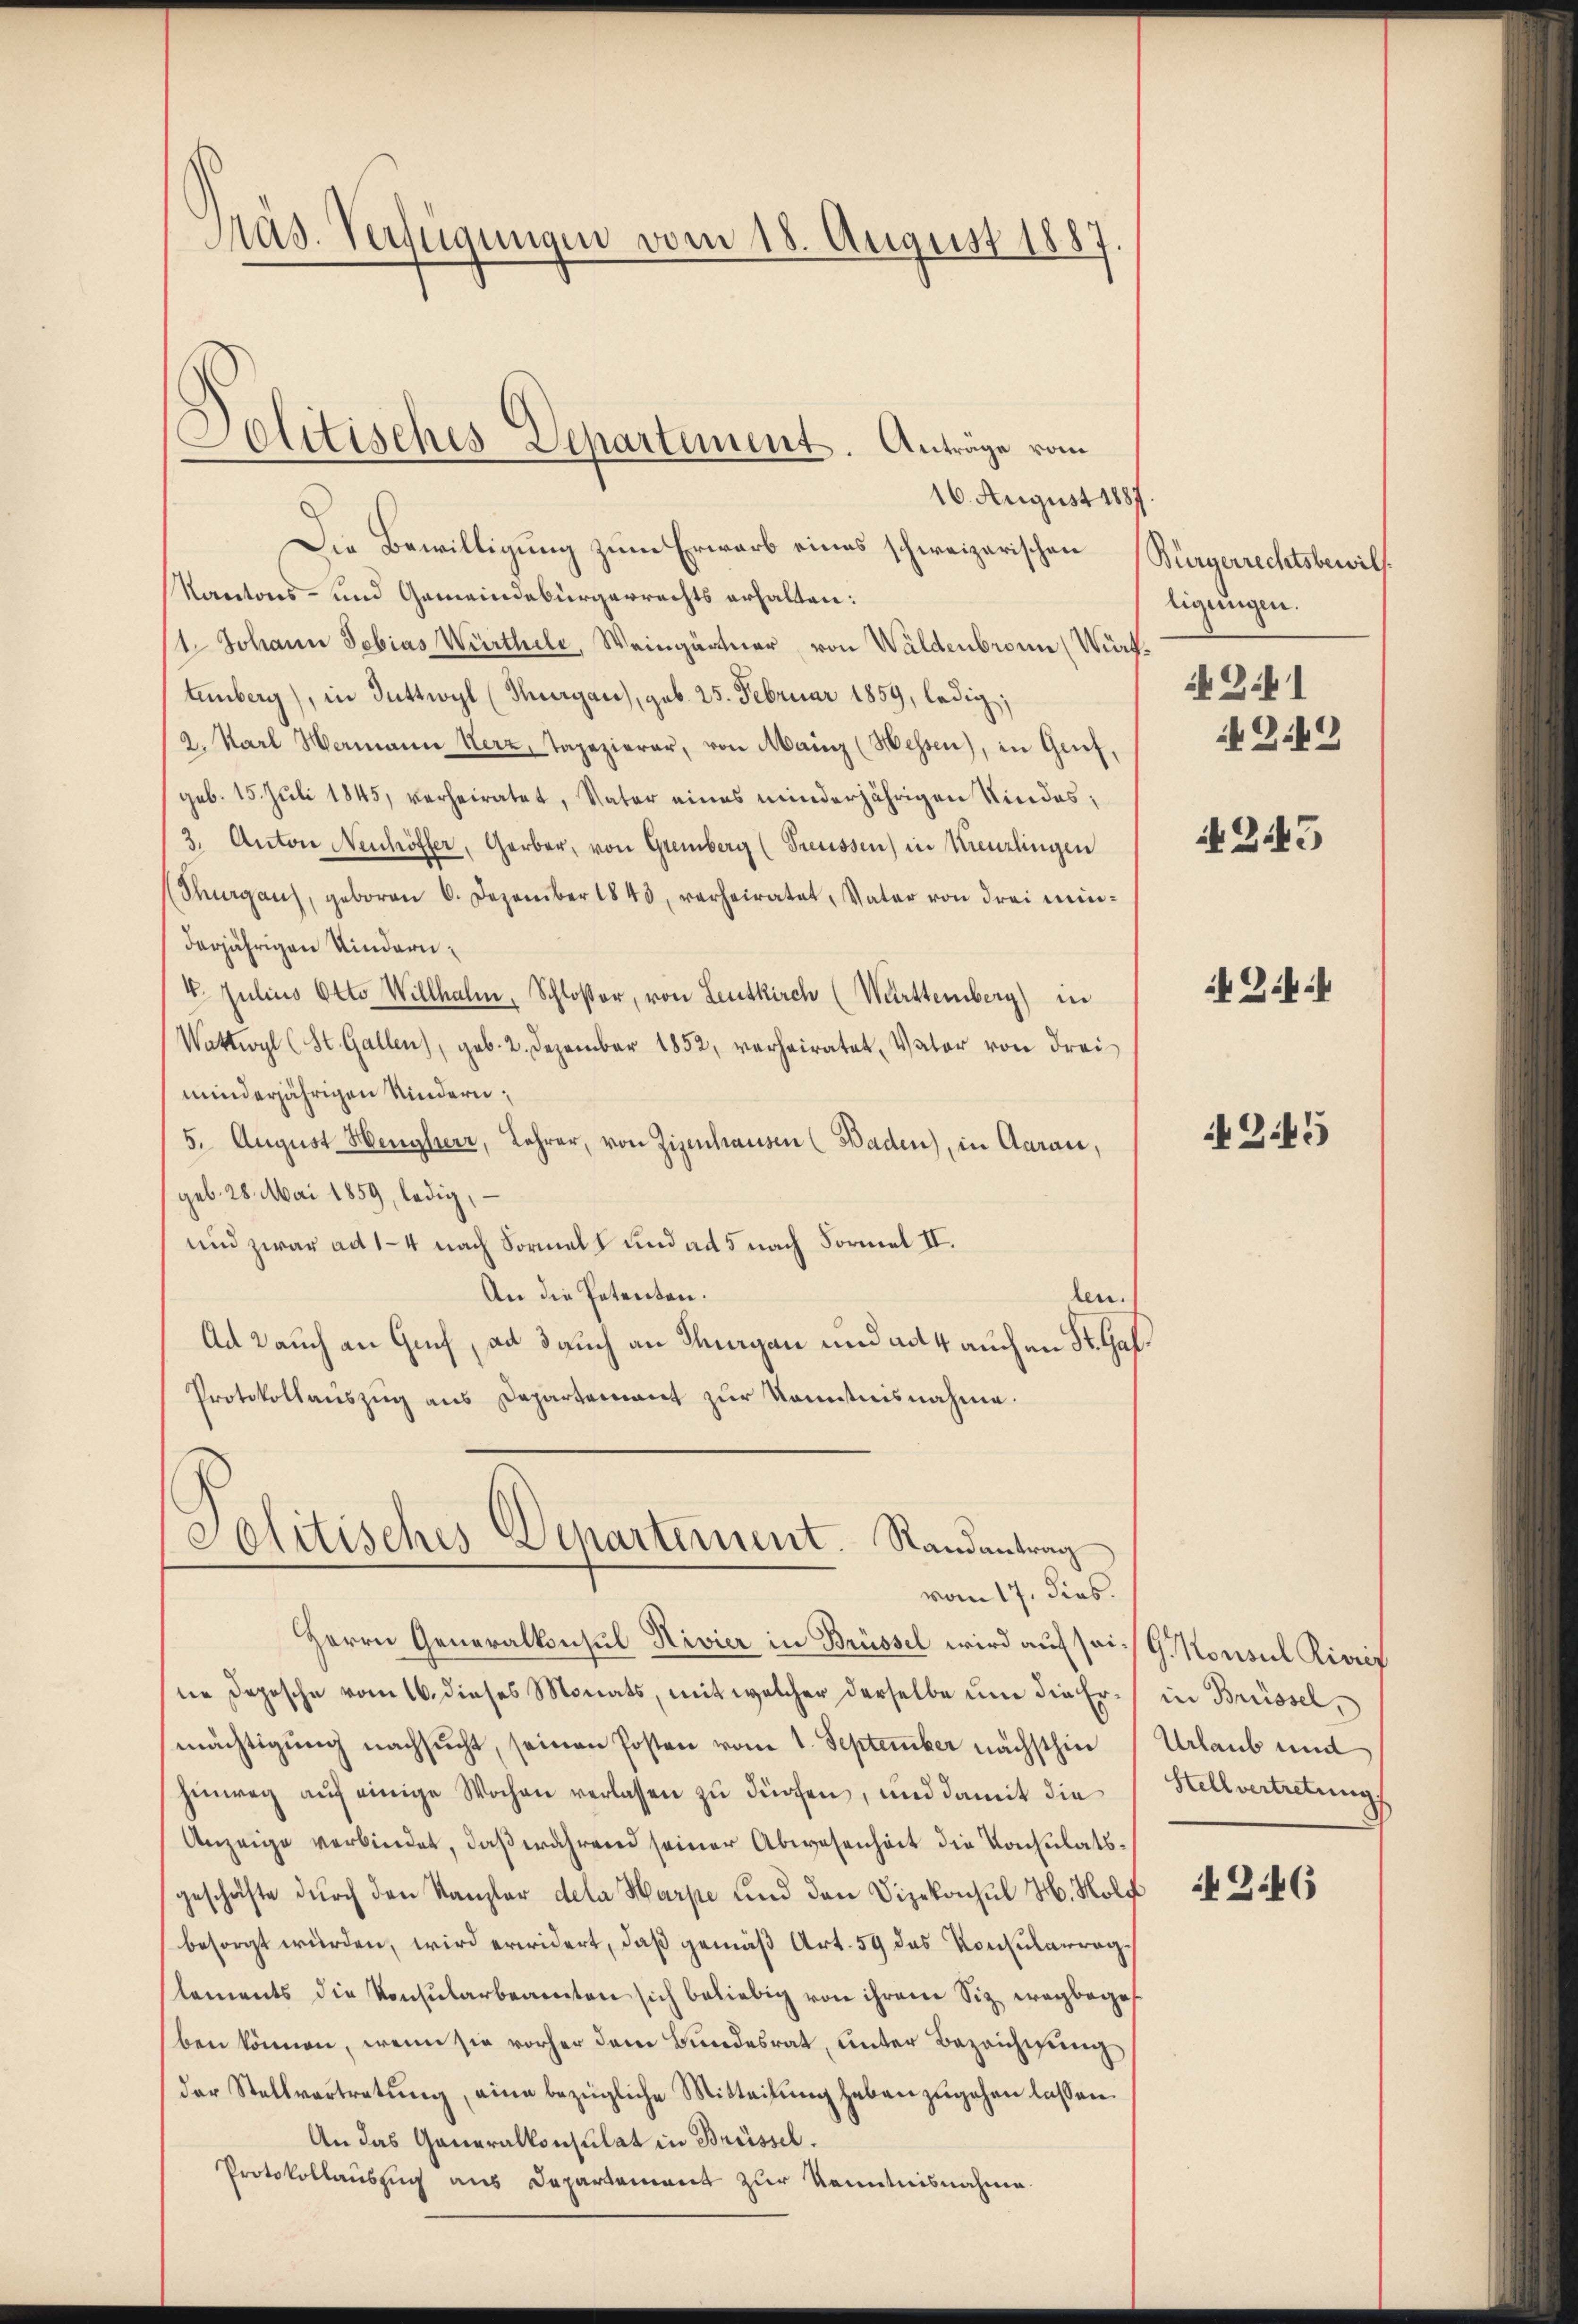
Präs. Verfügungen vom 18. August 1887.

16. August 1887.
Die Bewilligung zum Erwarb eines schweizerischen Bürgerrechtsbewil¬
Kantons- und Gemeindebürgerrechts erhalten:
1 Johann Tobias Würthile, Weingärtner, von Waldenbronn (Würktenberg), in Duttwyl (Thurgau), geb. 25. Februar 1859, ledig;
2. Karl Hermann Herz, Tapezierer, von Mainz (Messen), in Genf,
(geb. 15. Juli 1845, verheiratet, Vater eines minderjährigen Kindes;
3. Anton Neuhöffer, Garbar, von Gremberg (Treussen) in Kreuzlingen
(Shrgans, geboren 6. Dezember 1840, verheiratet, Vater von drei minderjährigen Kindern¬
4. Julius Otto Willhalm, Schloßer, von Leutkirch (Württemberg) in
Wattwyl (St. Gallen), geb. 2. Dezember 1852, verheiratet, Vater von drei
minderjährigen Kindern;
5. August Hengherr, Lehrer, von Zizenhausen (Baden), in Aaraić,
geb. 28. Mai 1859, ledig,
und zwar ad 1–4 nach Vormals und ad 5 nach Formel II.
An die Petenten.
ten.
Ad 2 auch an Guch, ad auch an Thurgau und ad 4 auch an St. Gal¬
Protokollauszug aus Departement zur Kenntnisnahme.

Solitisches Departement. Anträge vom

Jolitisches Departement. Randantrag
vom 17. dies

Herrn Generalkonsul Rivier in Brüssel wird auf sei G. Konsul Rivis
ne Depesche vom 16. dieses Monats, mit welcher derselbe um die Ermächtigung nachsucht, seinen Posten vom 1. September nächsthin
hinweg aŭf einige Wochen verlassen zu dürfen, und damit die
Anzeige verbindet, daß während seiner Abwesenheit die Konsulatsgeschäfte dŭrch den Kanzler dela Harpe und den Vizekonsul H. Holz
besorgt würden, wird erwidert, daß gemäß Art. 59 des Konsularraglements die Konsularbeamten sich beliebig von ihrem Siz wegbegeben können, wenn sie vorher dem Bundesrat, unter Bezeichnung
der Stellvertretŭng, eine bezügliche Mitteilŭng heben zugehen lassen.
An das Generalkonsulat in Brüssel.
Protokollauszug aus Departement zur Kenntnisnahme

ligungen.
G.1
4249

245

Zif.

G.45

in Brüssel,
Urlaub und
Hellvertretung

Z.46